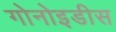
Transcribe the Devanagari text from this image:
गोनोइडीस